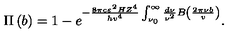
\Pi \left( b \right) = 1 - e ^ { - \frac { 8 \pi c \varepsilon ^ { 2 } H Z ^ { 4 } } { h v ^ { 4 } } \int _ { \nu _ { 0 } } ^ { \infty } { \frac { d \nu } { \nu ^ { 2 } } } B \left( { \frac { 2 \pi \nu b } { v } } \right) } .